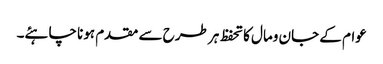
عوام کے جان ومال کاتحفظ ہر طرح سے مقدم ہونا چاہئے۔